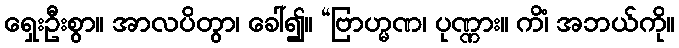
ရှေးဦးစွာ။ အာလပိတွာ၊ ခေါ်၍။ “ဗြာဟ္မဏ၊ ပုဏ္ဏား။ ကိံ၊ အဘယ်ကို။